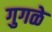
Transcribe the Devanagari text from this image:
गुगळे